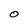
Character: 0